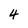
Character: 4